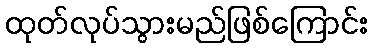
ထုတ်လုပ်သွားမည်ဖြစ်ကြောင်း